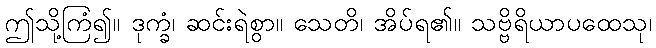
ဤသို့ကြံ၍။ ဒုက္ခံ၊ ဆင်းရဲစွာ။ သေတိ၊ အိပ်ရ၏။ သဗ္ဗိရိယာပထေသု၊